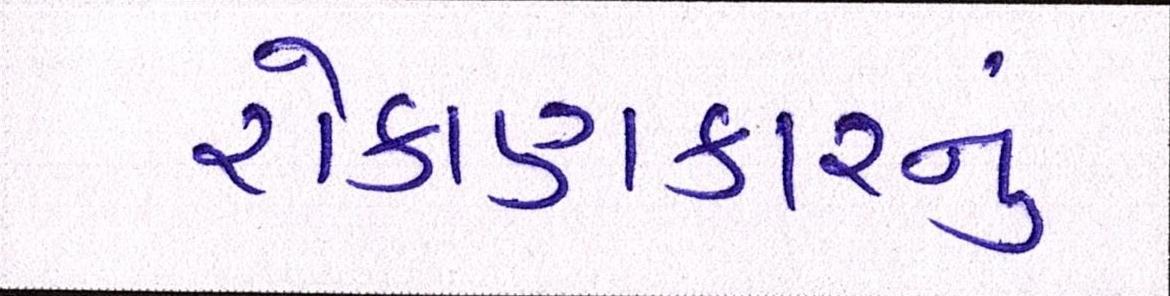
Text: રોકાણકારનું